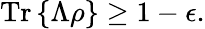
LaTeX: {\mathrm{Tr}}\left\{ \Lambda\rho\right\} \geq 1-\epsilon.